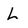
Character: L